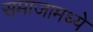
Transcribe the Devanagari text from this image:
समाजामध्‍ये